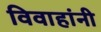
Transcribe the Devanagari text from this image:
विवाहांनी